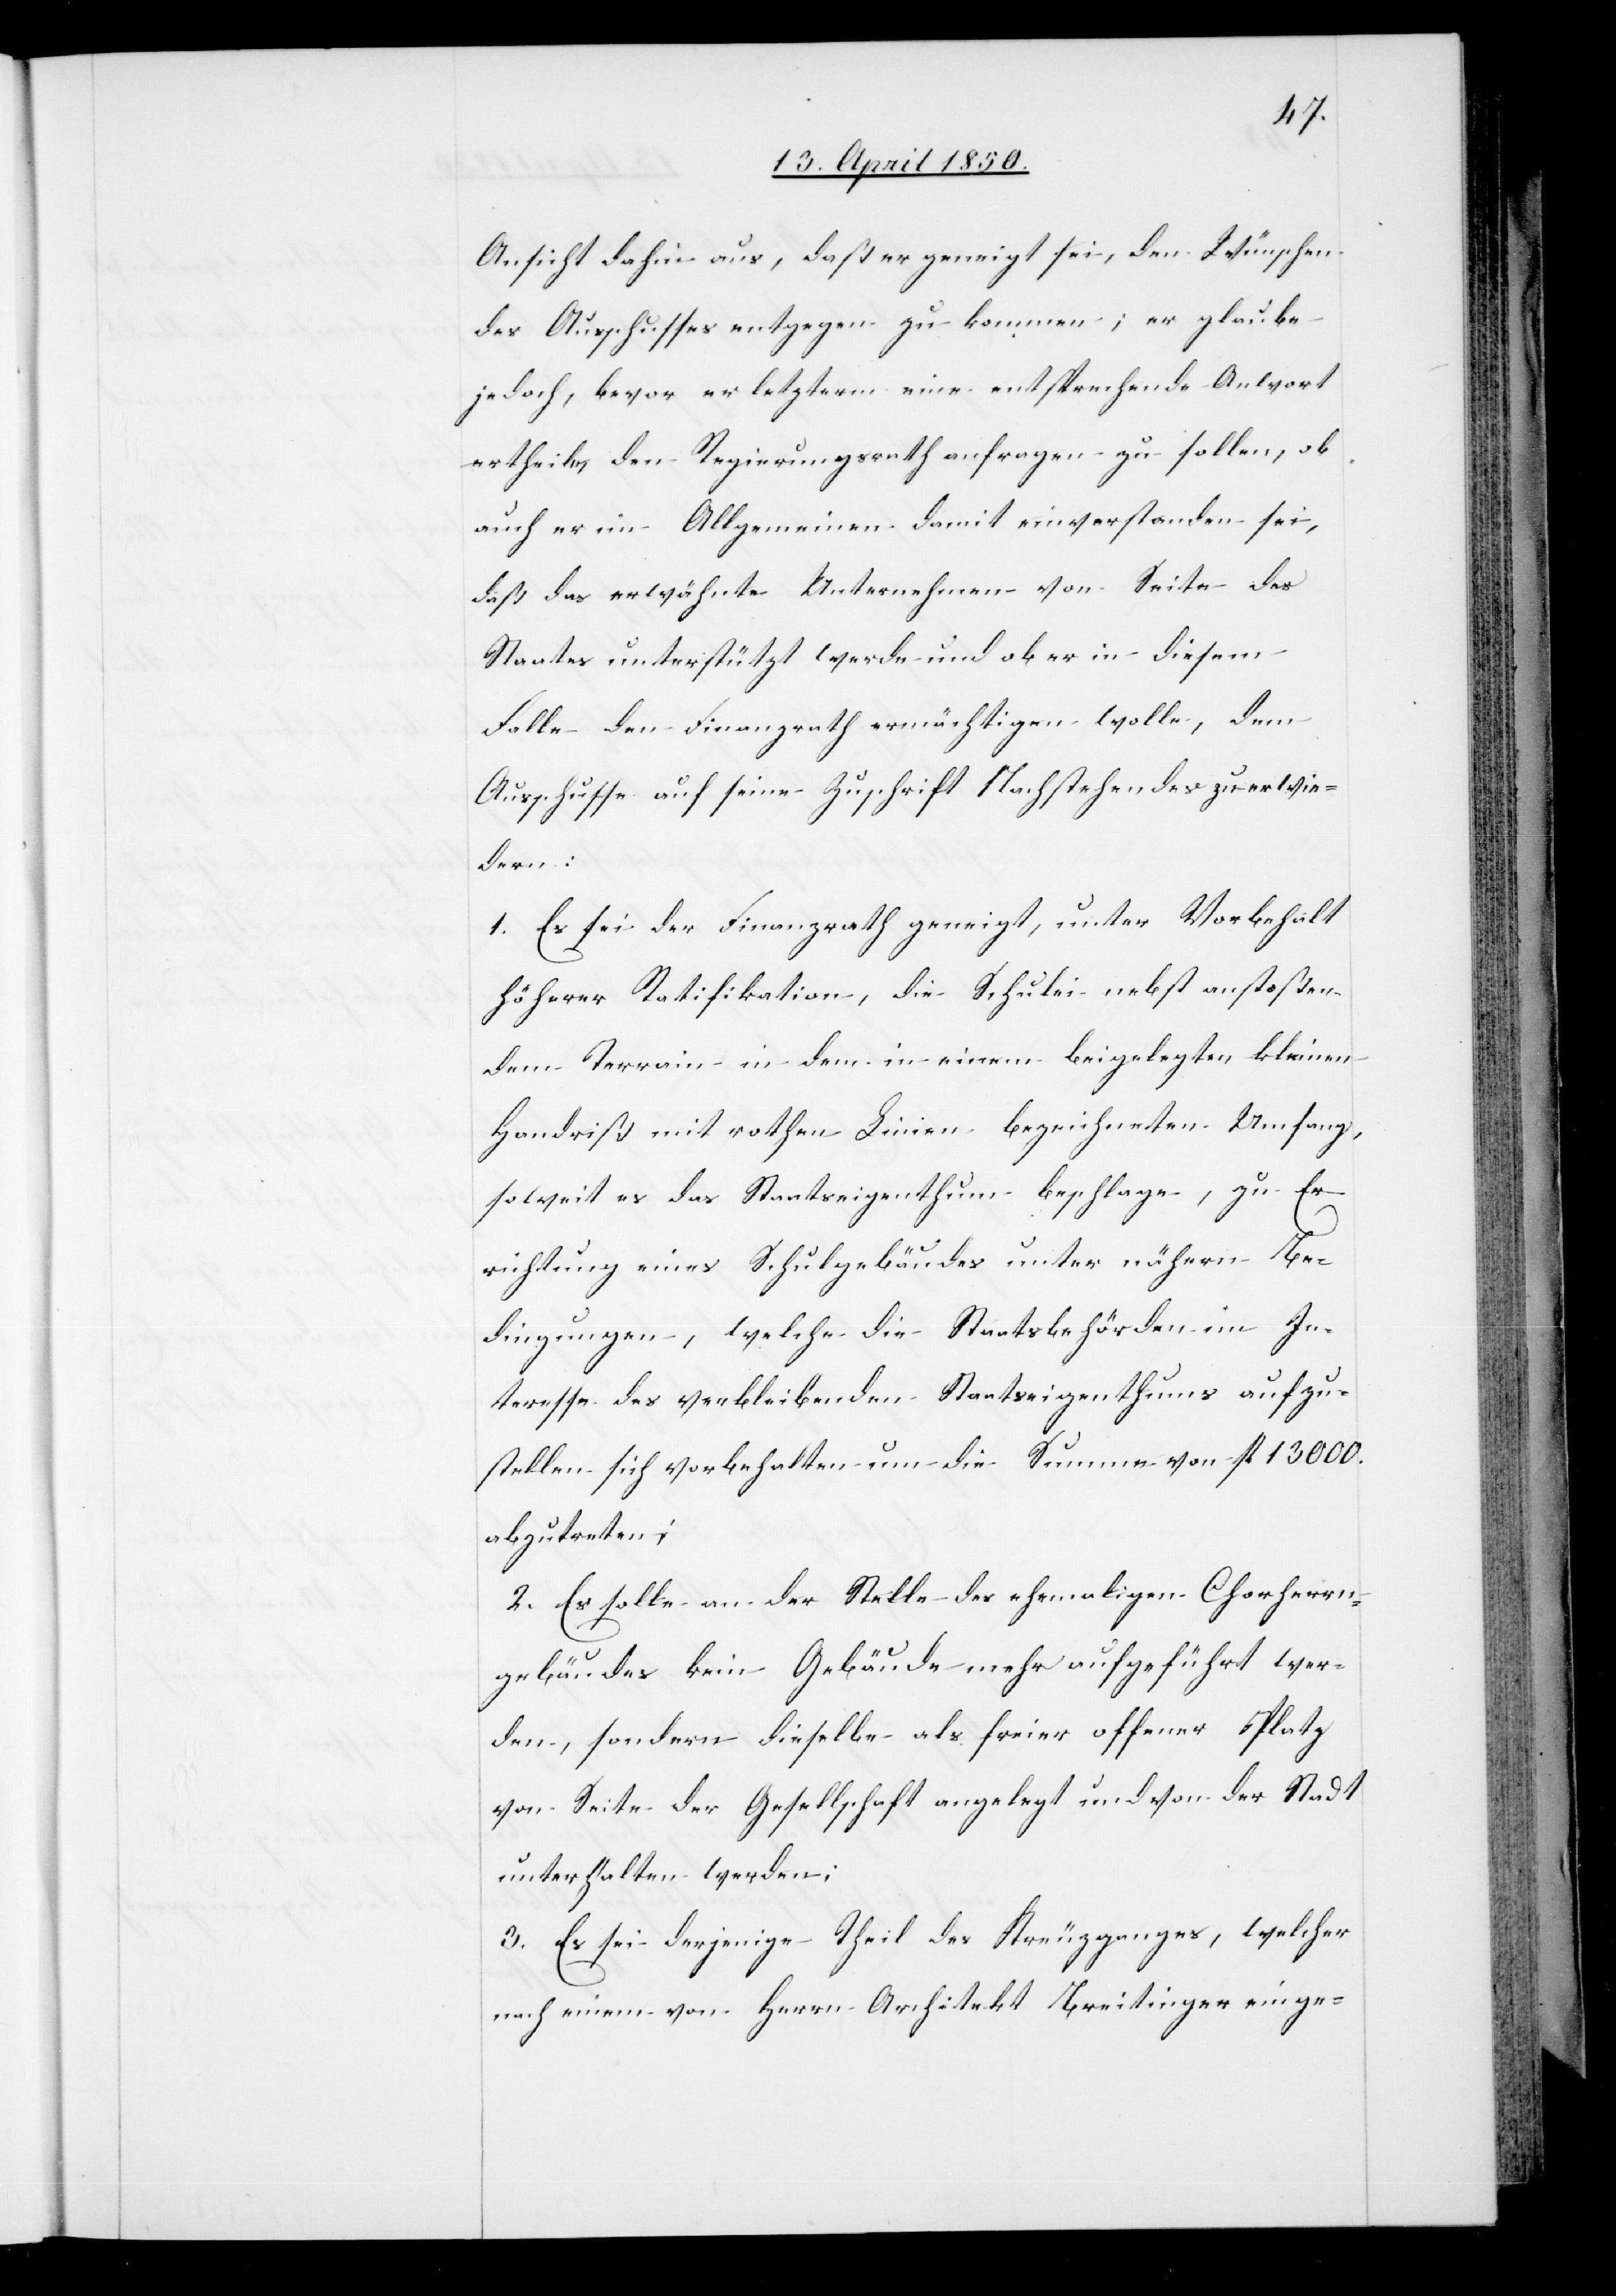
Ansicht dahin aus, daß er geneigt sei, den Wünschen
des Ausschusses entgegen zu kommen; er glaube
jedoch, bevor er letzterm eine entsprechende Antwort
ertheile, den Regierungsrath anfragen zu sollen, ob
auch er im Allgemeinen damit einverstanden sei,
daß das erwähnte Unternehmen von Seite des
Staates unterstützt werde und ob er in diesem
Falle den Finanzrath ermächtigen wolle, dem
Ausschusse auf seine Zuschrift Nachstehendes zu erwie¬
dern:
1. Es sei der Finanzrath geneigt, unter Vorbehalt
höherer Ratifikation, die Schulei nebst anstoßen¬
dem Terrain in dem in einem beigelegten kleinen
Handriß mit rothen Linien bezeichneten Umfang,
soweit es das Staatseigenthum beschlage, zu Er¬
richtung eines Schulgebäudes unter nähern Be¬
dingungen, welche die Staatsbehörden im In¬
teresse des verbleibenden Staatseigenthums aufzu¬
stellen sich vorbehalten um die Summe von fl 13000.
abzutreten;
2. Es solle an der Stelle des ehemaligen Chorherrn¬
gebäudes kein Gebäude mehr aufgeführt wer¬
den, sondern dieselbe als freier offener Platz
von Seite der Gesellschaft angelegt und von der Stadt
unterhalten werden;
3. Es sei derjenige Theil des Kreuzganges, welcher
nach einem von Herrn Architekt Breitinger einge-